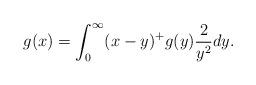
LaTeX: \begin{align*}g(x)= \int_0^{\infty}(x-y)^+ g(y)\frac{2}{y^2}dy.\end{align*}